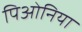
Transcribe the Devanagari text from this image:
पिओनिया